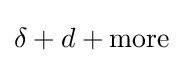
\delta +d+\mathrm {more}